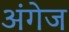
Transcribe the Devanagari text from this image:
अंगेज